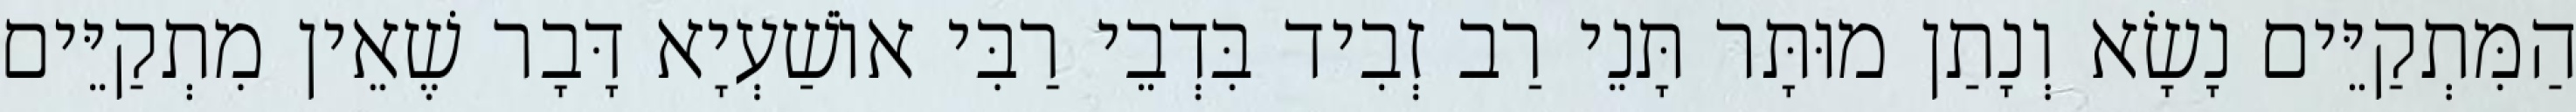
הַמִּתְקַיֵּים נָשָׂא וְנָתַן מוּתָּר תָּנֵי רַב זְבִיד בִּדְבֵי רַבִּי אוֹשַׁעְיָא דָּבָר שֶׁאֵין מִתְקַיֵּים